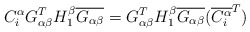
\begin{align*} C^{\alpha}_{i}G_{\alpha\beta}^TH^{\beta}_1\overline{G_{\alpha\beta}} =G_{\alpha\beta}^TH^{\beta}_1\overline{G_{\alpha\beta}}(\overline{C^{\alpha}_{i}}^{T})\end{align*}